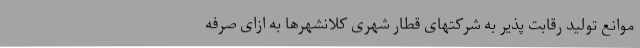
موانع تولید رقابت پذیر به شرکتهای قطار شهری کلانشهرها به ازای صرفه